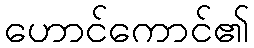
ဟောင်ကောင်၏